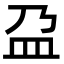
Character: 盁